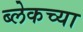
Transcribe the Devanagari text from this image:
ब्लेकच्या